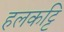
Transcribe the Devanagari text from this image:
हलकट्टि